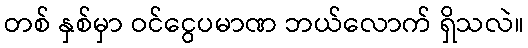
တစ် နှစ်မှာ ဝင်ငွေပမာဏ ဘယ်လောက် ရှိသလဲ။